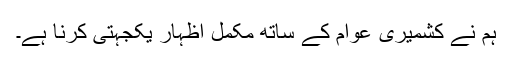
ہم نے کشمیری عوام کے ساتھ مکمل اظہار یکجہتی کرنا ہے۔